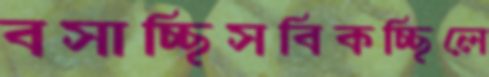
বসাচ্ছিসবিকচ্ছিলে